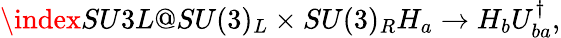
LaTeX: \index{SU3L@SU(3)_{L}\times SU(3)_{R}}H_{a}\to H_{b}U_{ba}^{\dagger},